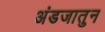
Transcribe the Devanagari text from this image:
अंडजातुन